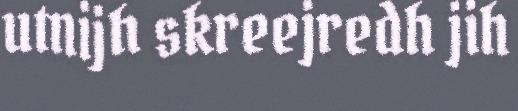
utnijh skreejredh jih